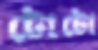
টোটো